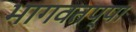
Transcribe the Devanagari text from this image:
भागवतप्पा